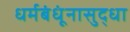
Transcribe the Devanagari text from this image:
धर्मबंधूंनासुद्धा